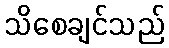
သိစေချင်သည်